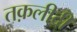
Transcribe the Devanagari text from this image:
तक़लीदी